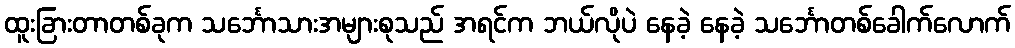
ထူးခြားတာတစ်ခုက သင်္ဘောသားအများစုသည် အရင်က ဘယ်လိုပဲ နေခဲ့ နေခဲ့ သင်္ဘောတစ်ခေါက်လောက်